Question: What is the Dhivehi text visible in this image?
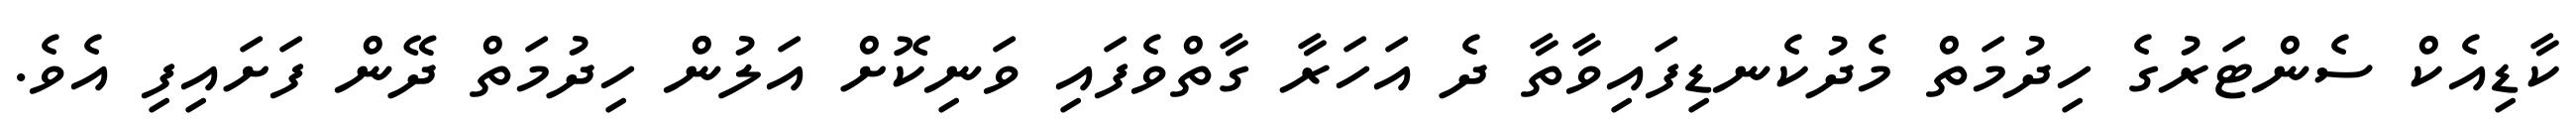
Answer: ކާޑިއެކް ސެންޓަރުގެ ހިދުމަތް މެދުކެނޑިފައިވާތާ ދެ އަހަރާ ގާތްވެފައި ވަނިކޮށް އަލުން ހިދުމަތް ދޭން ފަށައިފި އެވެ.